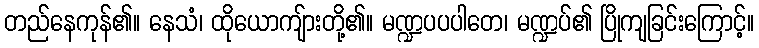
တည်နေကုန်၏။ နေသံ၊ ထိုယောကျ်ားတို့၏။ မဏ္ဍပပပါတေ၊ မဏ္ဍပ်၏ ပြိုကျခြင်းကြောင့်။